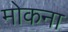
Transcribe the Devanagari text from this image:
मोकना